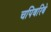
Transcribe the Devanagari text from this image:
चपिबरिबे